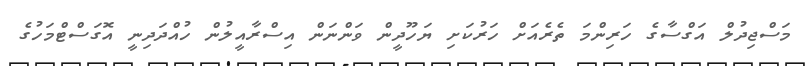
މަސްޖިދުލް އަގްސާގެ ހަރިންމަ ތެރެއަށް ހަރުކަށި ޔަހޫދީން ވަންނަން އިސްރާއީލުން ހުއްދަދިނީ އޮގަސްޓްމަހުގެ